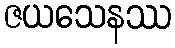
ဇယသေနဿ